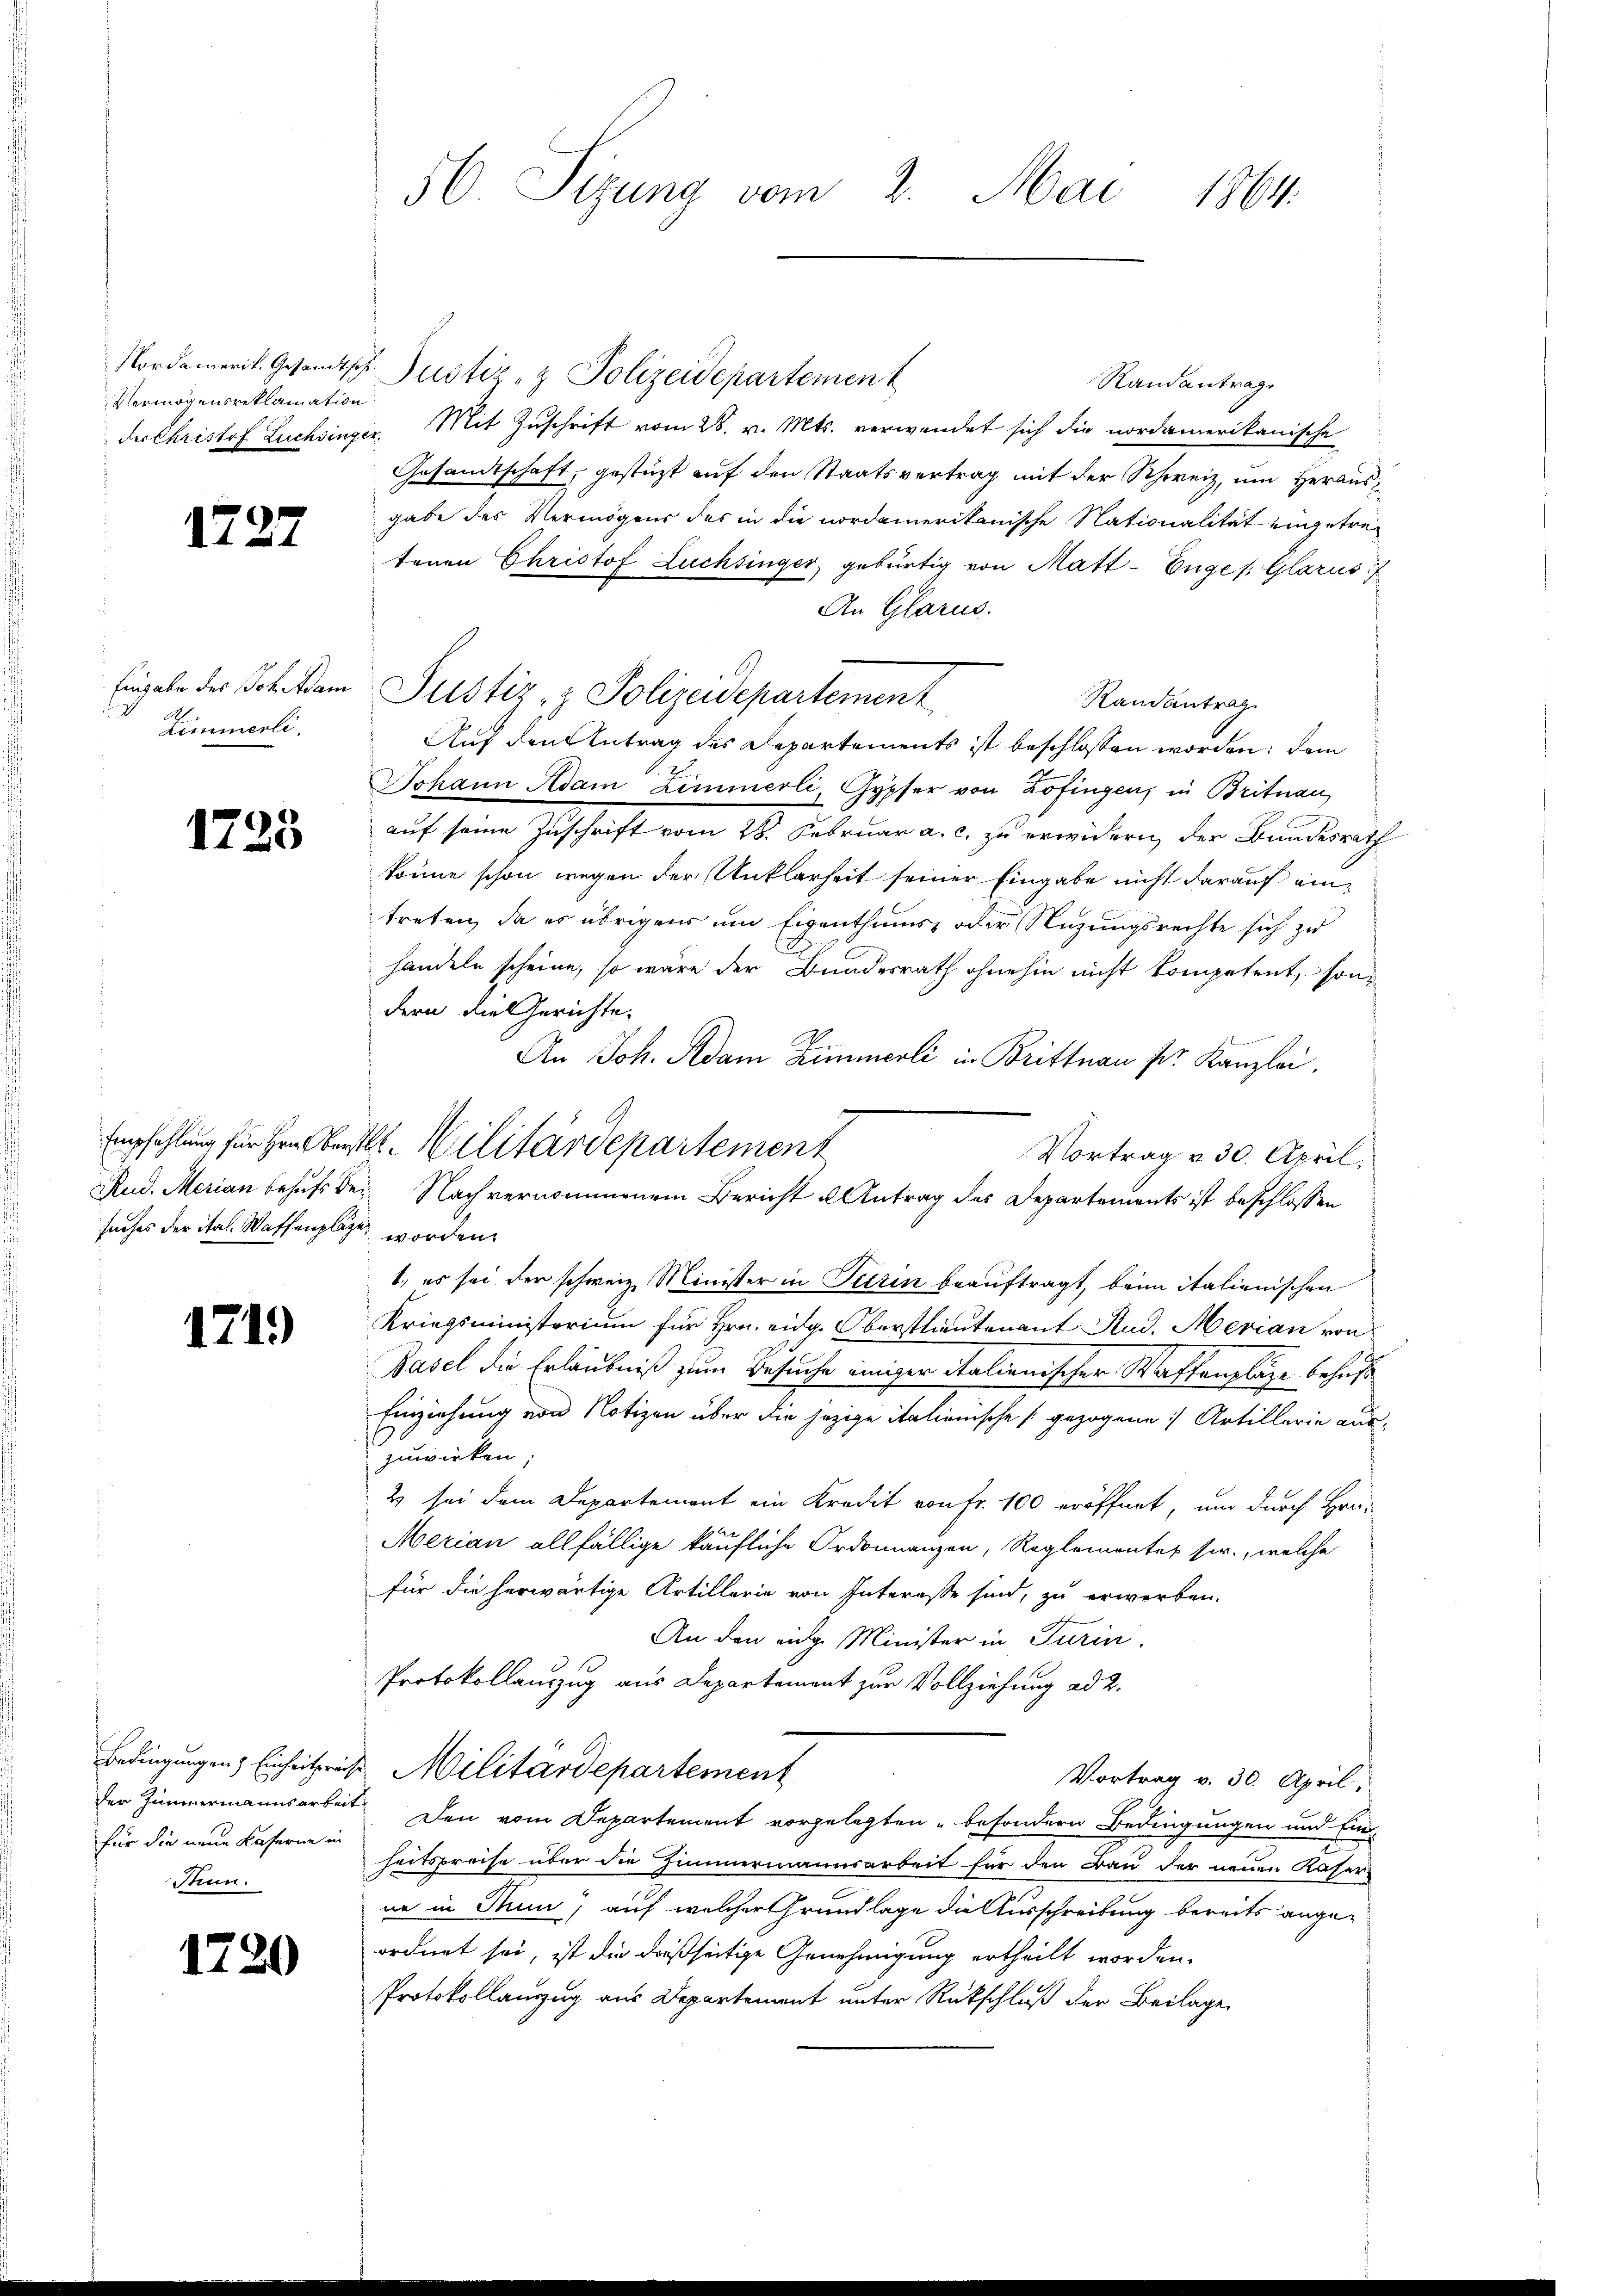
Vermögensreklamation

1727

Eingabe des Joh. Adam
Zimmerli.

1725

suches der ital. Waffenplätze

171)

Bedingungen) Einheitspräche
der Zimmermannsarbeit
für die neue Kaserne in
Thun.

1720

56. Sizung vom 2. Mai 1864.

Nordamerit. Gesandtsch Justiz- & Polizeidepartement
Randantrag
der Christof Lachsinger. Mit Zuschrift vom 28. v. Mts. verwendet sich die nordamerikanische
Gesandtschaft, gestüzt auf den Staatsvertrag mit der Schweiz, um Herausgabe des Vermögens des in die nordamerikanische Nationalität eingetretenen Christof Lachsinger, gebürtig von Matt-Enge s. Glarus
An Glarus.
Auf den Antrag des Departements ist beschlossen worden; dem
Johann Adam Zimmerli, Gypfer von Zofingen, in Brituan
auf seine Zuschrift vom 18. Februar a. c. zu erwidern, der Bundesrath
könne schon wegen der Unklarheit seiner Eingabe nicht darauf eine
treten, da er übrigens um Eigenthums- oder Nuzungsrechte sich zu
handeln scheine, so wäre der Bundesrath ohnehin nicht kompetent, sondern die Gerichte.
An Joh. Adam Zimmerli in Brittnau pr. Kanzlei.
Vortrag v. 30. April.
Rud. Merian behufs bei. Nach vernommenem Bericht u Antrag des Departements ist beschlossen
worden.
1., es sei der schweiz Minister in Turin beauftragt, beim italienischen
Kriegsministorium für Hrn. eidg. Oberstlieutenant Stud. Merian von
Basel die Erlaubniß zum Besuche einiger italienischer Waffenpläge behufs
Einziehung von Notizen über die jezige italienische gezogene Artillerie auszuwirken;
2 sei dem Departement ein Kredit von Fr. 100 eröffnet, um durch Hrn.
1
Merian allfällige käufliche Ordonnanzen, Reglementer sie, welche
für die herwärtige Artillerie von Interesse sind, zu erwerben.
An den einge Minister in Turin.
Protokollauszug aus Departement zur Vollziehung ad 2.
Militärdepartement
Vortrag v. 30. April,
Den vom Departement vorgelegten besondern Bedingungen und Ein-
heitspreise über die Zimmermannsarbeit für den Bau der neuen Kaser-
ne in Thun, auf welcher Grundlage die Ausschreibung bereits angeordnet sei, ist die daßseitige Genehmigung ertheilt worden.
Protokollauzug aus Departement unter Rückschluß der Beilage

Empfehlung für Hrn. Oberst. Militärdepartement

Justiz- & Polizeidepartement

Randantrag